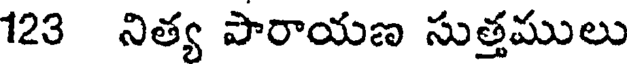
123 నిత్య పారాయణ సుత్తములు